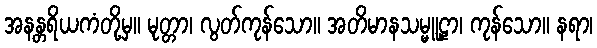
အနန္တရိယကံတို့မှ။ မုတ္တာ၊ လွတ်ကုန်သော။ အတိမာနသမ္မူဠှာ၊ ကုန်သော။ နရာ၊